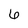
Character: 6